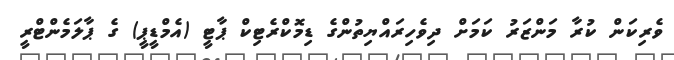
ވެރިކަން ކުރާ މަންޒަރު ކަމަށް ދިވެހިރައްޔިތުންގެ ޑިމޮކްރެޓިކް ޕާޓީ (އެމްޑީޕީ) ގެ ޕާލަމެންޓްރީ